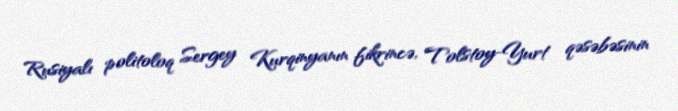
Rusiyalı politoloq Sergey Kurqinyanın fikrincə, Tolstoy-Yurt qəsəbəsinin